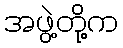
အဖွဲ့တို့က